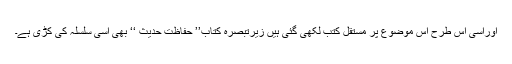
اوراسی اس طرح اس موضوع پر مستقل کتب لکھی گئی ہیں زیرتبصرہ کتاب’’ حفاظت حدیث ‘‘ بھی اسی سلسلہ کی کڑی ہے۔